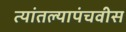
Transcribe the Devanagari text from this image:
त्यांतल्यापंचवीस